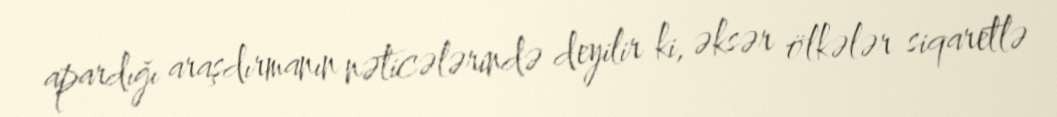
apardığı araşdırmanın nəticələrində deyilir ki, əksər ölkələr siqaretlə